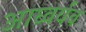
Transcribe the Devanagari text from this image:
आघ्वर्यव